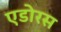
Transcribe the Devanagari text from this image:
एडोरस